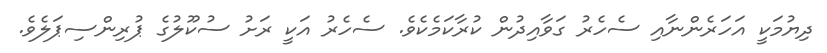
ދިޔުމަކީ އަހަރެންނާއި ސެހެރު ގަވާއިދުން ކުރާކަމެކެވެ. ސެހެރު އަކީ ރަށު ސުކޫލުގެ ޕުރިންސިޕަލެވެ.